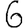
Digit: 6